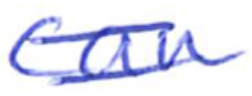
Text: can
Cross-out: double-line
Writing tool: ballpoint